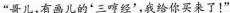
”哥儿，有画儿的'三哼经'，我给你买来了！”